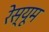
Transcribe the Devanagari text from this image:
रेस्यूम